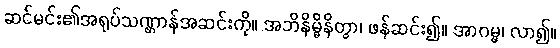
ဆင်မင်း၏အရုပ်သဏ္ဌာန်အဆင်းကို။ အဘိနိမ္မိနိတွာ၊ ဖန်ဆင်း၍။ အာဂမ္မ၊ လာ၍။